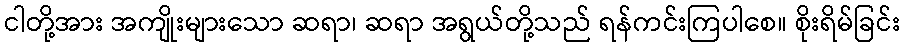
ငါတို့အား အကျိုးများသော ဆရာ၊ ဆရာ အရွယ်တို့သည် ရန်ကင်းကြပါစေ။ စိုးရိမ်ခြင်း